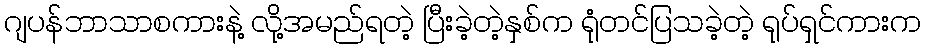
ဂျပန်ဘာသာစကားနဲ့ လို့အမည်ရတဲ့ ပြီးခဲ့တဲ့နှစ်က ရုံတင်ပြသခဲ့တဲ့ ရုပ်ရှင်ကားက